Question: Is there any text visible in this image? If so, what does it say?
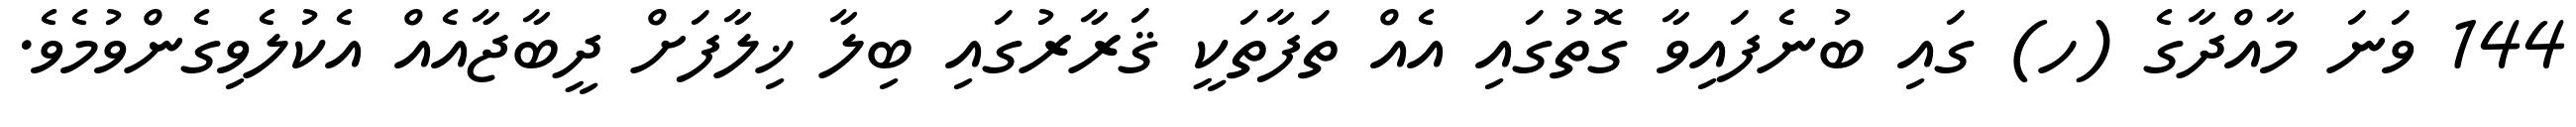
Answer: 144 ވަނަ މާއްދާގެ (ހ) ގައި ބުނެފައިވާ ގޮތުގައި އެއް ތަފާތަކީ ޤަރާރުގައި ބިލާ ޚިލާފަށް ދީބާޖާއެއް އެކުލެވިގެންވުމެވެ.